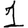
Digit: 1